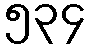
၅၃၄